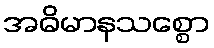
အဓိမာနသစ္စော